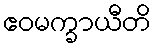
ဧဝမက္ခာယီတိ